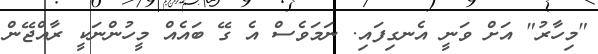
"މިހާރު" އަށް ވަނީ އެނގިފައި. ނަމަވެސް އެ ގޭ ބައެއް މީހުންނަކީ ރާއްޖޭން